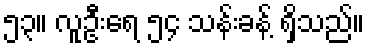
၅၃။ လူဦးရေ ၅၄ သန်းခန့် ရှိသည်။